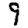
Digit: 9